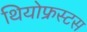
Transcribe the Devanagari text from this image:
थियोफ्रस्टस